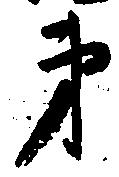
弟